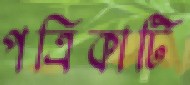
পত্রিকাটি